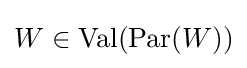
W\in \operatorname {Val} (\operatorname {Par} (W))